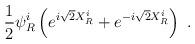
LaTeX: \begin{align*}\frac{1}{2}\psi^{i}_{R} \left(e^{i\sqrt{2}X_{R}^{i}}+e^{-i\sqrt{2}X_{R}^{i}} \right)\ . \end{align*}